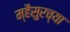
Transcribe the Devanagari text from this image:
म्हैसुरच्या